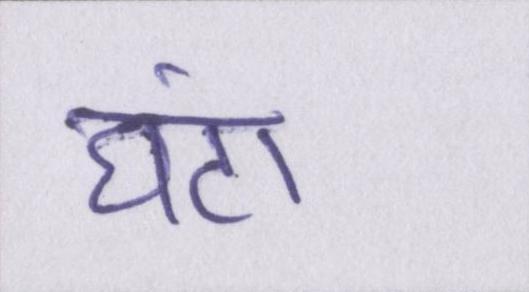
घंटा